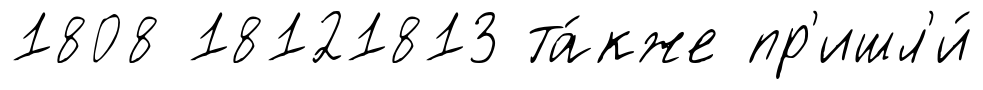
1808 18121813 та́кже пр'ишл'и́